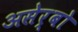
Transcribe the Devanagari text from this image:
असेर्बो